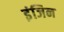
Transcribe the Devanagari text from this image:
इंजिन